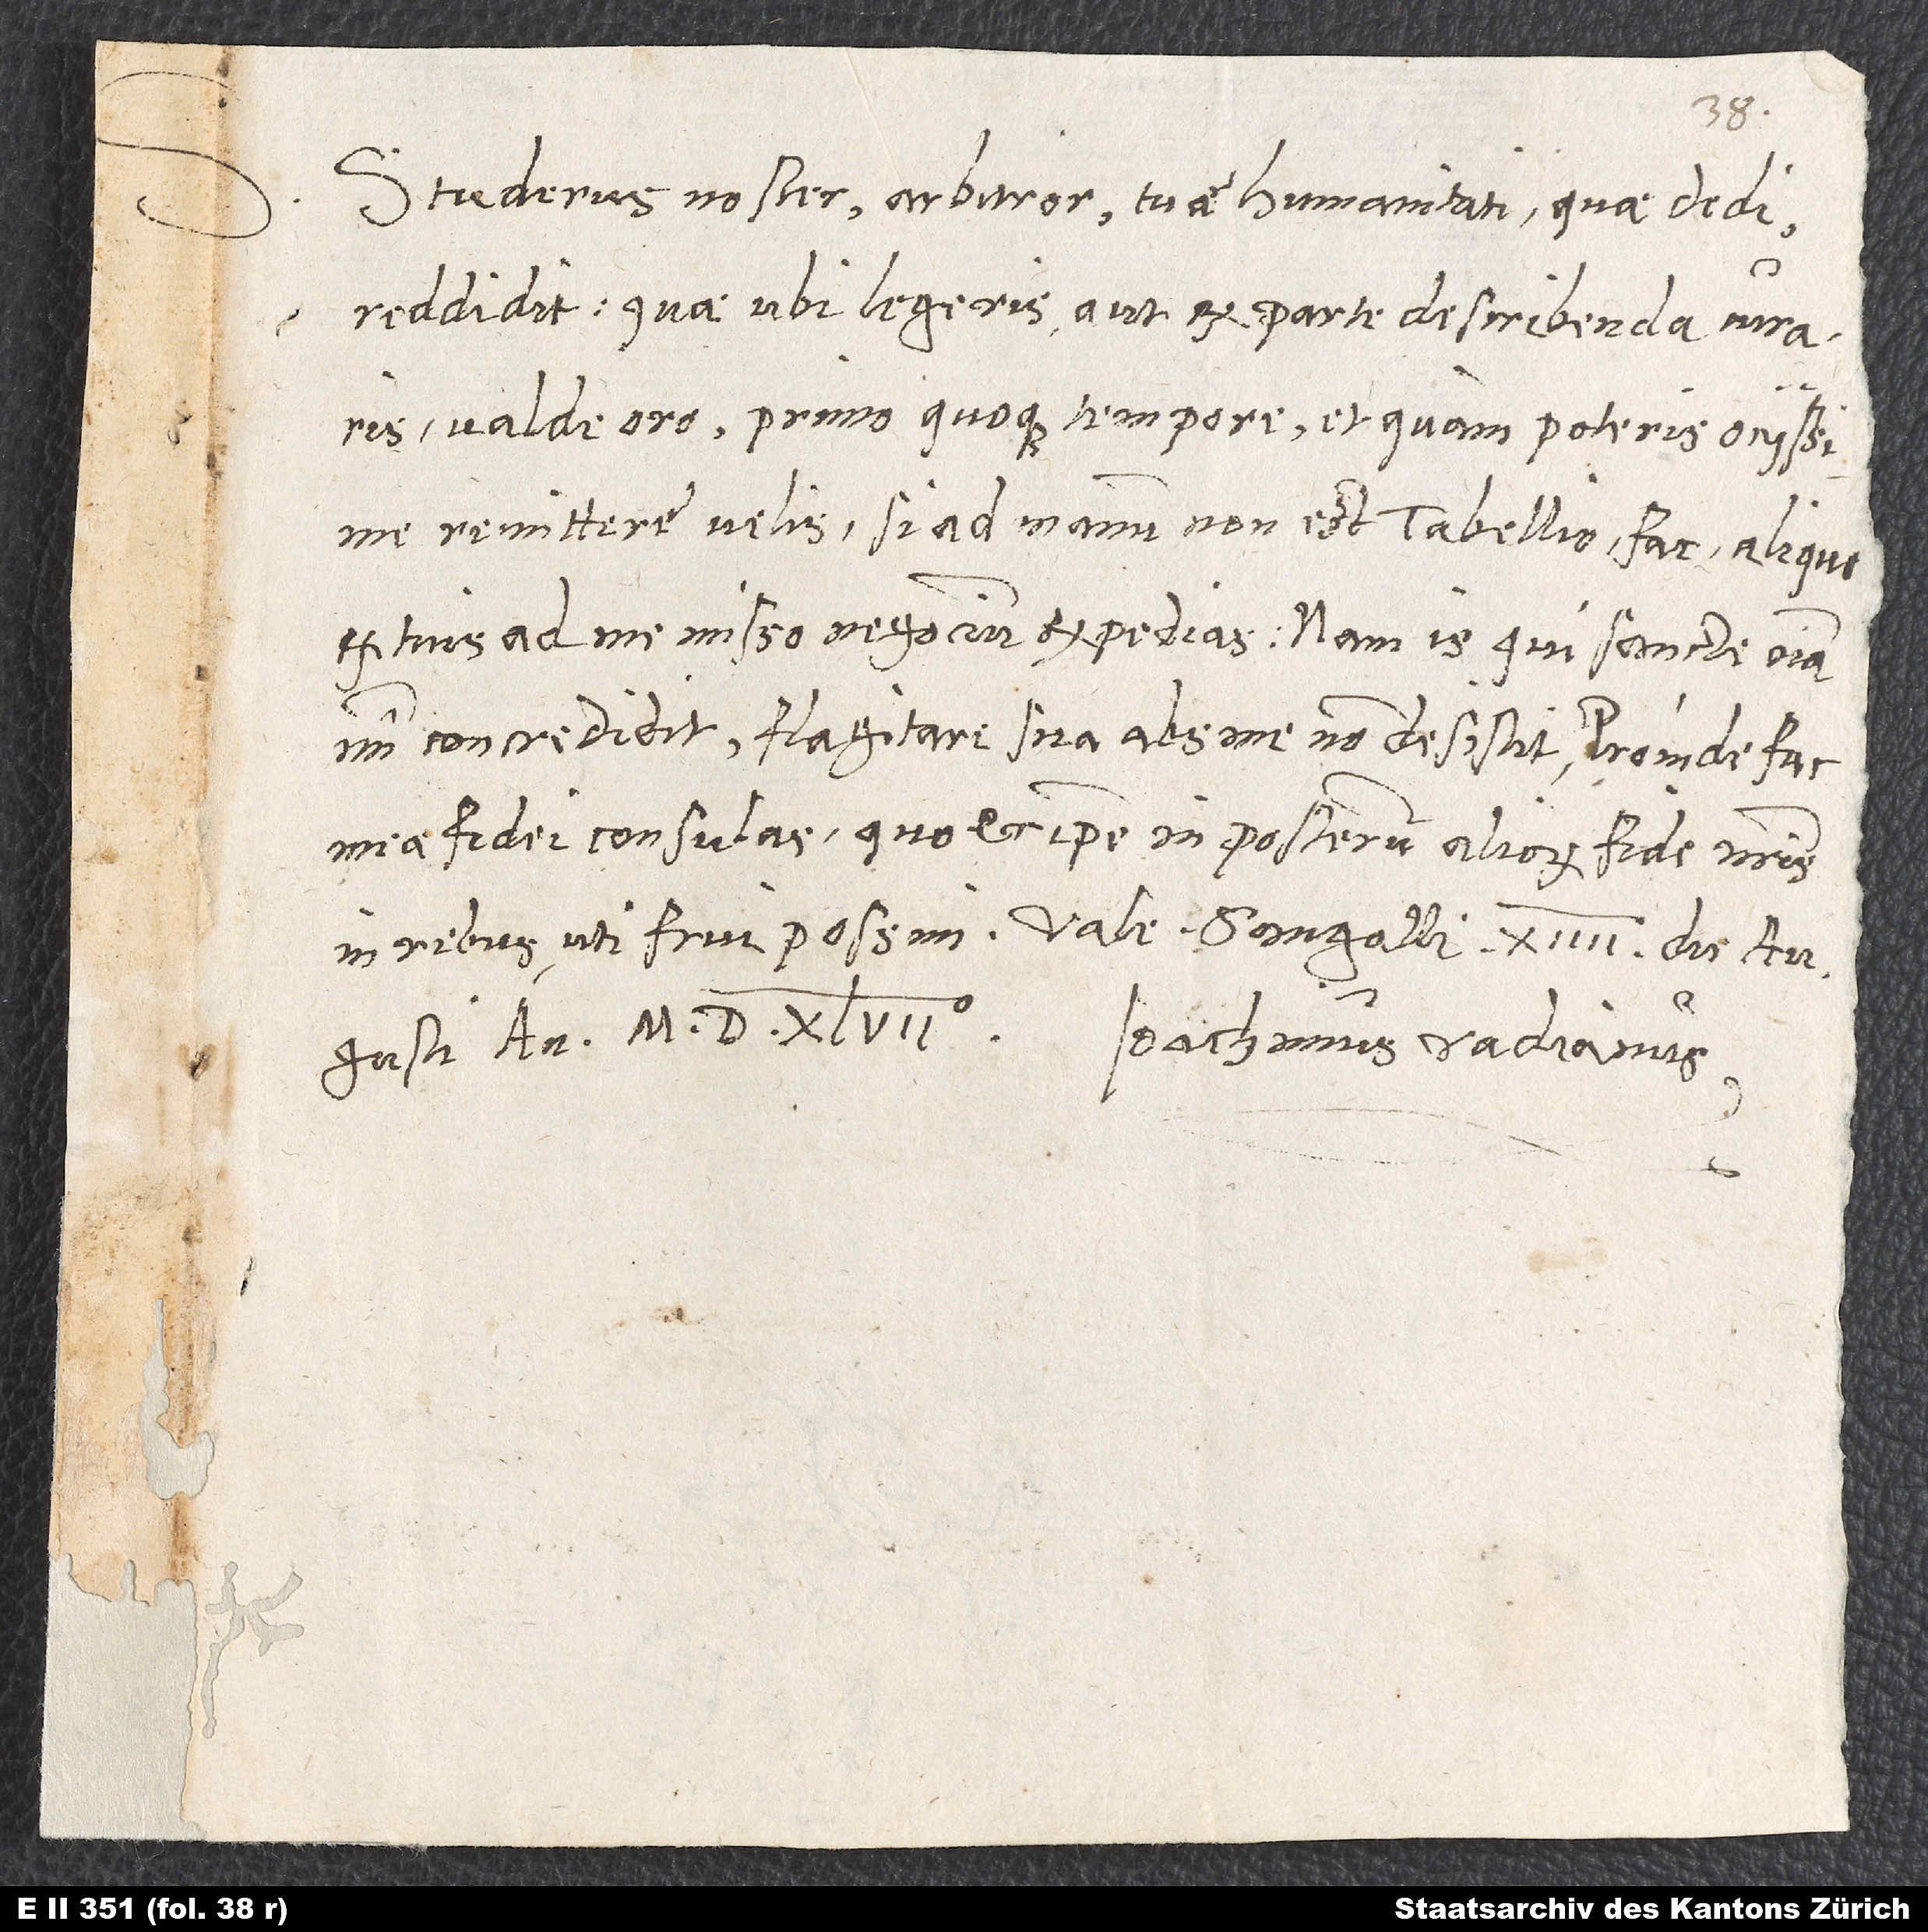
Studerus noster, arbitror, tuae Humanitati quae dedi
reddidit; quae ubi legeris aut ex parte describenda curaris,
valde oro, primo quoque tempore et quam poteris ocissime
remittere velis. Si ad manum non est tabellio, fac aliquo
ex tuis ad me misso negotium expedias; nam is, qui sancte omnia
mihi concredidit, flagitare sua abs me non desistit. Proinde fac
meae fidei consulas, quo et ipse in posterum aliorum fide nostris
in rebus uti frui possim. Vale. Sangalli, XIIII. die
Augusti, Ioachimus Vadianus.